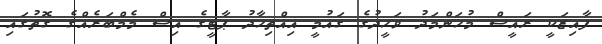
ފާއިޒަކީ ރައީސް މުހަންމަދު ވަހީދުގެ ގައުމީ އިއްތިހާދު ޕާޓީގެ އިސް މެމްބަރެއްގެ ގޮތުގައި